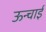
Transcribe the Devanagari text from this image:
ऊन्चाई